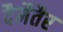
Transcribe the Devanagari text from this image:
दैमैतैर